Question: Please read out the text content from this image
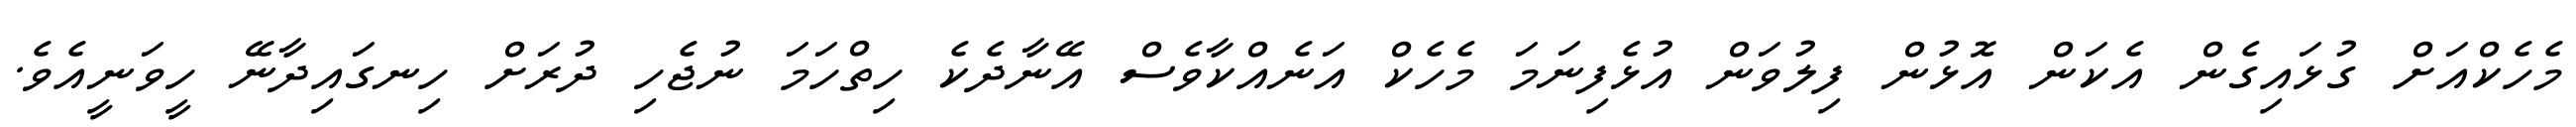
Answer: މެހެކްއަށް ގުޅައިގެން އެކަން އޮޅުން ފިލުވަން އުޅެފިނަމަ މެހެކް އަނެއްކާވެސް އޭނާދެކެ ހިތްހަމަ ނުޖެހި ދުރަށް ހިނގައިދާނޭ ހީވަނީއެވެ.